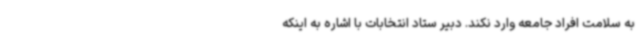
به سلامت افراد جامعه وارد نکند. دبیر ستاد انتخابات با اشاره به اینکه